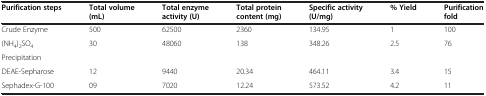
<table><thead><tr><td><b>Purification steps</b></td><td><b>Total volume (mL)</b></td><td><b>Total enzyme activity (U)</b></td><td><b>Total protein content (mg)</b></td><td><b>Specific activity (U/mg)</b></td><td><b>% Yield</b></td><td><b>Purification fold</b></td></tr></thead><tbody><tr><td>Crude Enzyme</td><td>500</td><td>62500</td><td>2360</td><td>134.95</td><td>1</td><td>100</td></tr><tr><td>(NH<sub>4</sub>)<sub>2</sub>SO<sub>4</sub></td><td rowspan="2">30</td><td rowspan="2">48060</td><td rowspan="2">138</td><td rowspan="2">348.26</td><td rowspan="2">2.5</td><td rowspan="2">76</td></tr><tr><td>Precipitation</td></tr><tr><td>DEAE-Sepharose</td><td>12</td><td>9440</td><td>20.34</td><td>464.11</td><td>3.4</td><td>15</td></tr><tr><td>Sephadex-G-100</td><td>09</td><td>7020</td><td>12.24</td><td>573.52</td><td>4.2</td><td>11</td></tr></tbody></table>